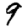
Digit: 9